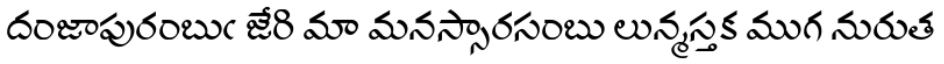
దంజాపురంబుఁ జేరి మా మనస్సారసంబు లున్మస్తక ముగ నురుత